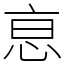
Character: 恴